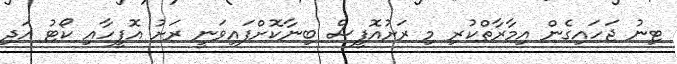
ޓިނު ޖަހައިގެން އިމާރާތްކުރި މި ރަށުއޮފީސް ބިނާކޮށްފައިވަނީ ރަށު އޮފީހާއި ކޯޓު އަދި